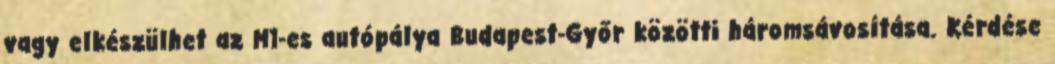
vagy elkészülhet az M1-es autópálya Budapest-Győr közötti háromsávosítása. Kérdése